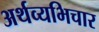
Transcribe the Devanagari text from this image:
अर्थव्यभिचार